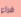
فراء